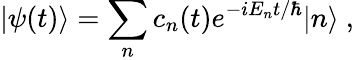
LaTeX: |\psi(t)\rangle=\sum_{n}c_{n}(t)e^{-iE_{n}t/\hbar}|n\rangle~,